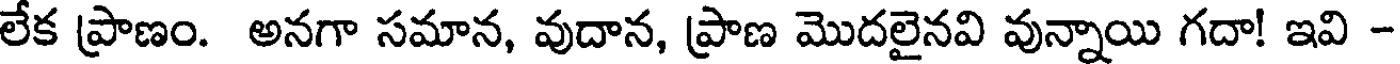
లేక ప్రాణం. అనగా సమాన, వుదాన, ప్రాణ మొదలైనవి వున్నాయి గదా! ఇవి -